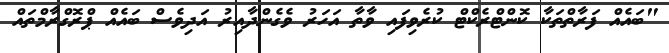
"ބައެއް ފަރާތްތަކާ ކޮންޓްރެކްޓް ކުރެވިފައި ވާތާ އަހަރު ވެގެންދާއިރު އަދިވެސް ބައެއް ޕްރޮގްރާމްތައް